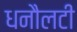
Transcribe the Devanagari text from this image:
धनौलटी